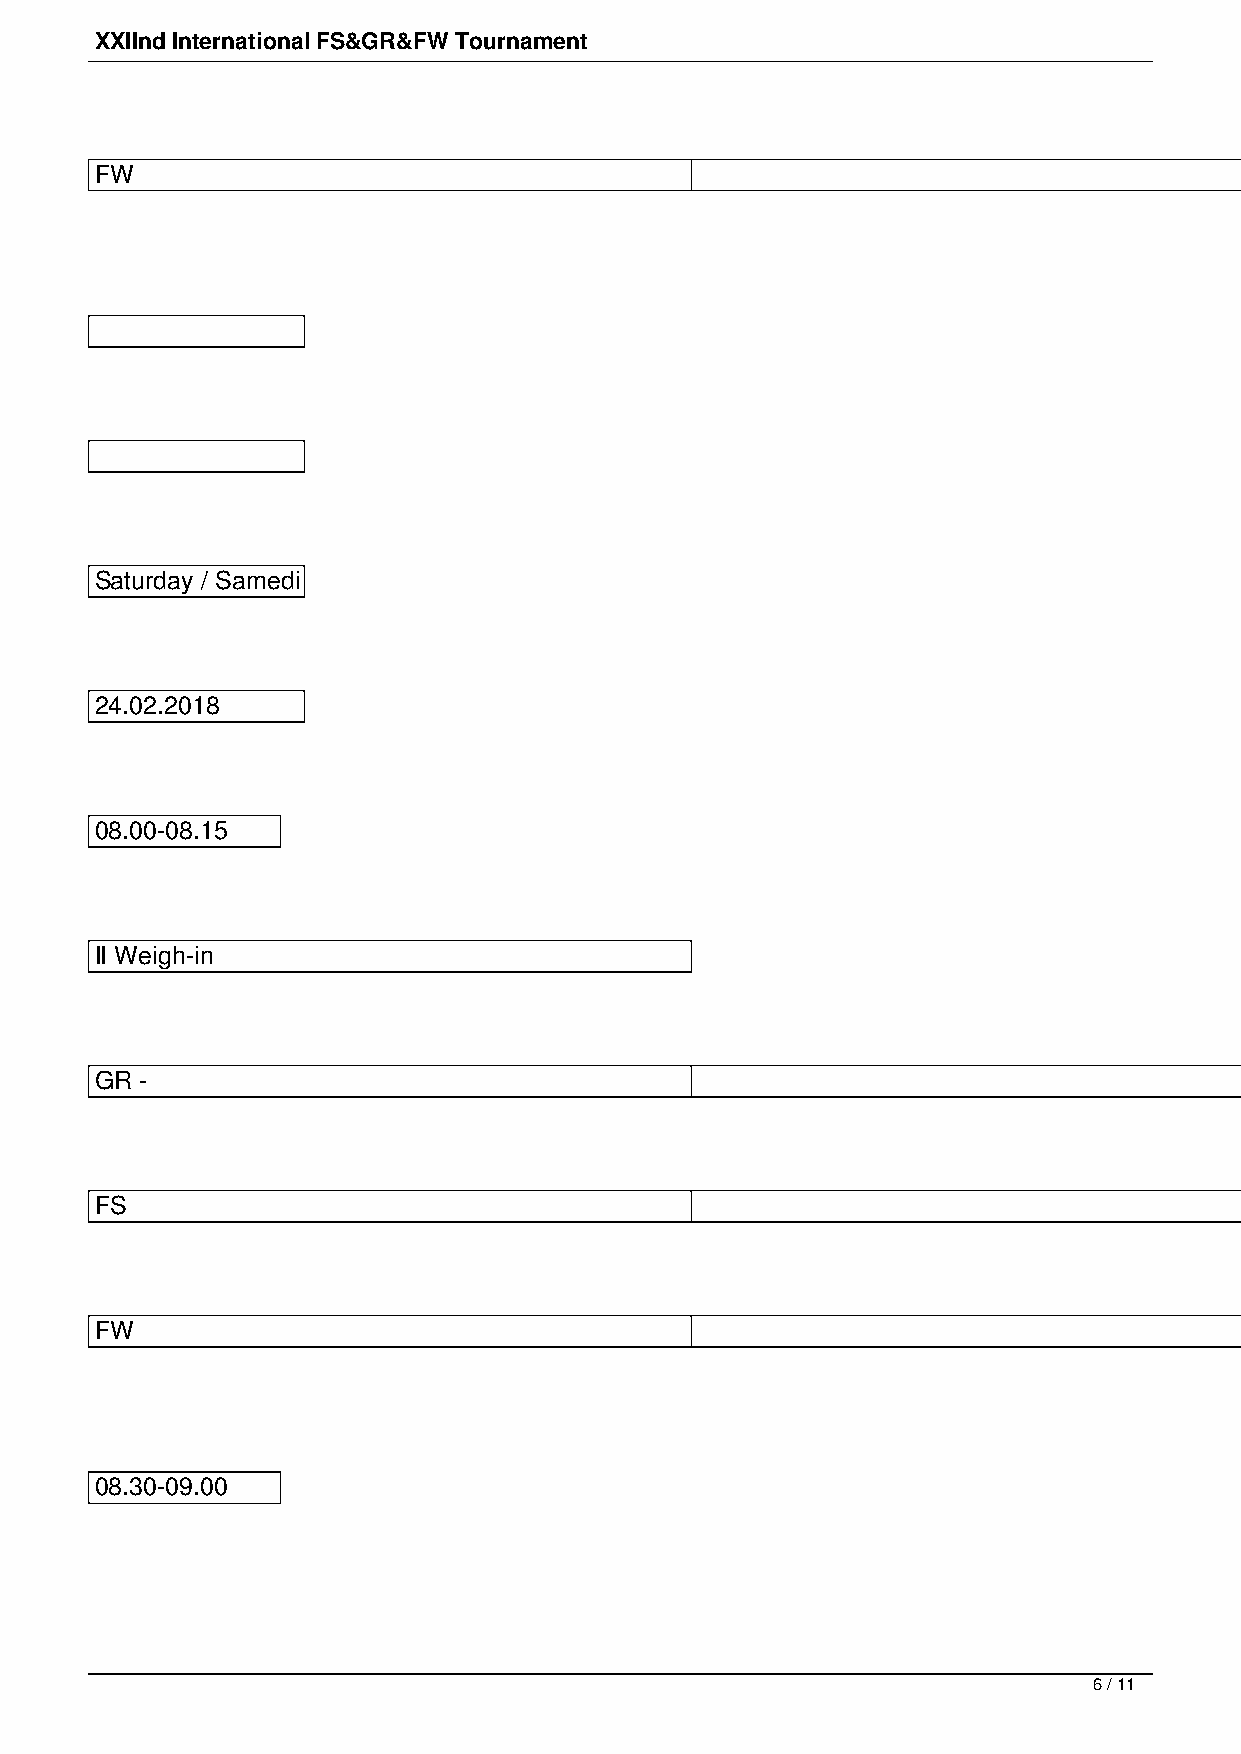
XXIІnd International FS&GR&FW Tournament
 FW                                                                              -                                                                               50, 55, 59, 65, 72 kg
 Saturday / Samedi
 24.02.2018
 08.00-08.15
 II Weigh-in
 GR -                                                                            55, 63, 72, 82, 97 kg (+2kg)
 FS                                                                              -                                                                               57, 65, 74, 86, 97 kg (+2kg)
 FW                                                                              -                                                                               50, 55, 59, 65, 72 kg (+2kg)
 08.30-09.00
 6 / 11